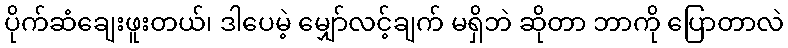
ပိုက်ဆံချေးဖူးတယ်၊ ဒါပေမဲ့ မျှော်လင့်ချက် မရှိဘဲ ဆိုတာ ဘာကို ပြောတာလဲ